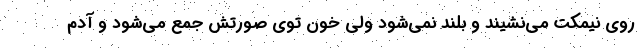
روی نیمکت می‌نشیند و بلند نمی‌شود ولی خون توی صورتش جمع می‌شود و آدم